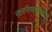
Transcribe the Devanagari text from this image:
नहसपीमापेतिलोन